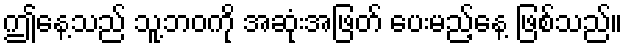
ဤနေ့သည် သူ့ဘဝကို အဆုံးအဖြတ် ပေးမည့်နေ့ ဖြစ်သည်။